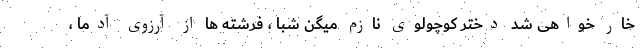
خار خواهی شد دختر کوچولوی نازم میگن شبا ، فرشته ها از آرزوی آدما ،